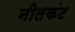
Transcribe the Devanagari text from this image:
नीलकंट